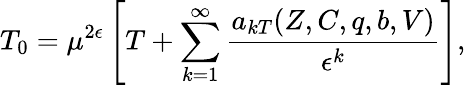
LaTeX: T_{0}=\mu^{2\epsilon}\left[T+\sum_{k=1}^{\infty}\frac{a_{kT}(Z,C,q,b,V)}{\epsilon^{k}}\right],